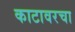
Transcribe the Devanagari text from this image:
काटावरचा